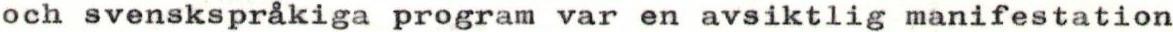
och svenskspråkiga program var en avsiktlig manifestation